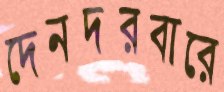
দেনদরবারে